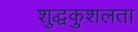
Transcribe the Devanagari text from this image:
शुद्धकुशलता